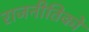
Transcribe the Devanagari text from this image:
राजनीतिकों